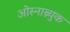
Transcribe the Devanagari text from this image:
ओस्नाब्र्युक